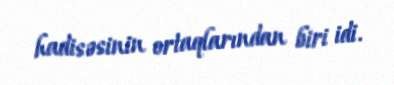
hadisəsinin ortaqlarından biri idi.